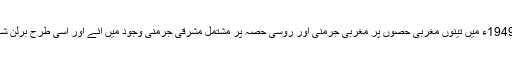
1948ء میں تینوں مغربی طاقتوں اور روس کے درمیان اختلافات پیدا ہو گئے اور 1949ء میں تینوں مغربی حصوں پر مغربی جرمنی اور روسی حصہ پر مشتمل مشرقی جرمنی وجود میں آئے اور اسی طرح برلن شہر کے تینوں مغربی حصے مغربی برلن اور روسی سیکٹر مشرقی برلن کہلانے لگا۔